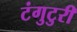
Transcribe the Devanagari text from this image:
टंगुटुरी